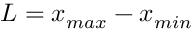
L = x _ { m a x } - x _ { m i n }